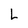
Character: L